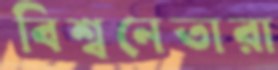
বিশ্বনেতারা